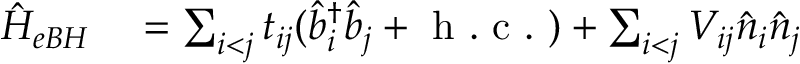
\begin{array} { r l } { \hat { H } _ { e B H } } & { { } = \sum _ { i < j } t _ { i j } ( \hat { b } _ { i } ^ { \dagger } \hat { b } _ { j } + \mathrm { ~ h ~ . ~ c ~ . ~ } ) + \sum _ { i < j } V _ { i j } \hat { n } _ { i } \hat { n } _ { j } } \end{array}